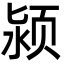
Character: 颍